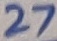
Text: 27